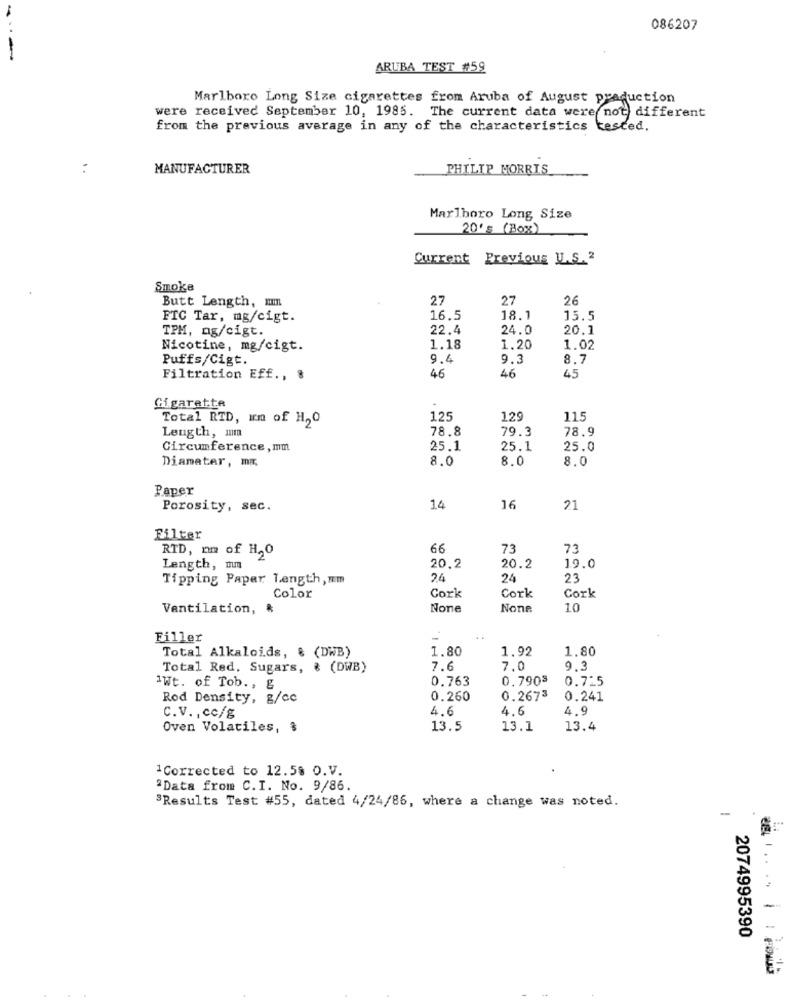
086207
-
ARUBA TEST #59
Marlboro Long Size cigarettes from Aruba of August praduction
were received September 10, 1985. The current data were not different
from the previous average in any of the characteristics kesced,
MANUFACTURER
PHILIP MORRIS
Marlboro Long Size
20' s (Box)
Current Previous U.S.2
Smoke
Butt Length, mm
27
27
26
FTC Tar, mg/cigt.
16.5
18.1
15.5
22.4
24.0
20.1
TPM, mg/cigt.
Nicotine, mg/cigt.
1.18
1.20
1.02
Puffs/Cigt.
9.4
9.3
8.7
Filtration Eff ., 8
46
46
45
Cigarette
Total RTD, um of H,O
125
129
115
Length, mm
78.8
79.3
78.9
Circumference, mm
25.1
25.1
25.0
Diameter, mr
8.0
8.0
8.0
Paper
Porosity, sec.
14
16
21
Filter
RTD, nm of H2O
66
73
73
Length, mm
20,2
20.2
19.0
Tipping Paper Length, mm
24
24
23
Color
Cork
Cork
Cork
Ventilation, &
10
Filler
-
Total Alkaloids, & (DWB)
1.80
1.92
1.80
Total Red, Sugars, & (DWB)
7.6
7.0
9.3
0.763
0.7903
0.725
IWt. of Tob ., &
Rod Density, g/cc
0.260
0.2673
0.241
4.6
4.6
4.9
C.V ., cc/g
Oven Volatiles, $
13.5
13.1
13.4
1 Corrected to 12.58 O.V.
"Data from C.I. No. 9/86.
3Results Test #55, dated 4/24/86, where a change was noted.
-
... . .
2074995390